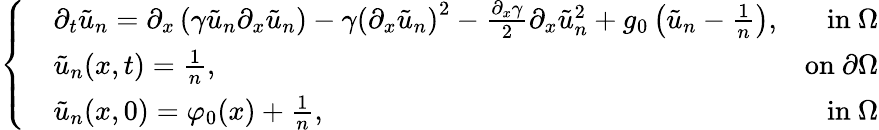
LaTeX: \left\{ \begin{array}{rlr}&{\partial_{t}\tilde{u}_{n}=\partial_{x}\left(\gamma\tilde{u}_{n}\partial_{x}\tilde{u}_{n}\right)-\gamma\left(\partial_{x}\tilde{u}_{n}\right)^{2}-\frac{\partial_{x}\gamma}{2}\partial_{x}\tilde{u}_{n}^{2}+g_{0}\left(\tilde{u}_{n}-\frac{1}{n}\right),}&{\mathrm{in~}\Omega}\\ &{\tilde{u}_{n}(x,t)=\frac{1}{n},}&{\mathrm{on~}\partial\Omega}\\ &{\tilde{u}_{n}(x,0)=\varphi_{0}(x)+\frac{1}{n},}&{\mathrm{in~}\Omega}\end{array}\right.